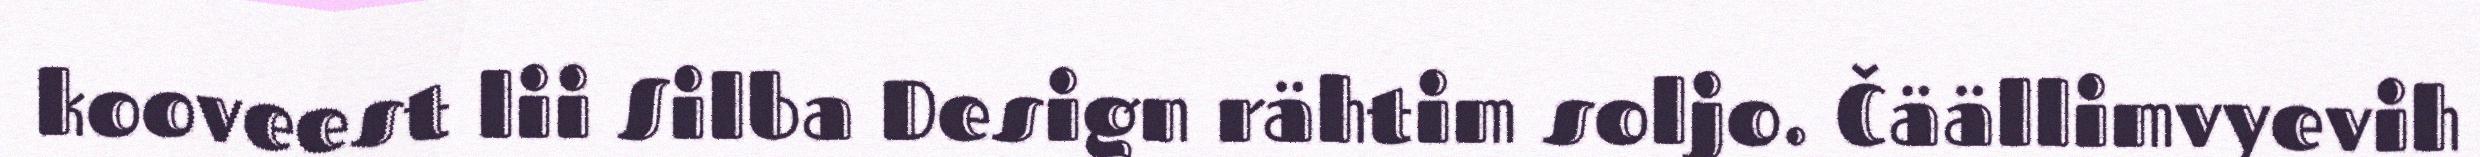
kooveest lii Silba Design rähtim soljo. Čäällimvyevih